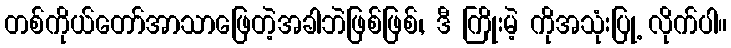
တစ်ကိုယ်တော်အာသာဖြေတဲ့အခါဘဲဖြစ်ဖြစ်,၊ ဒီ ကြိုးမဲ့ ကိုအသုံးပြု့ လိုက်ပါ။